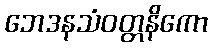
ဘေဒနသံဝတ္တနိကော